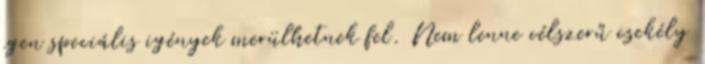
igen speciális igények merülhetnek fel. Nem lenne célszerű csekély